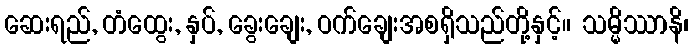
ဆေးရည်, တံထွေး, နှပ်, ခွေးချေး, ဝက်ချေးအစရှိသည်တို့နှင့်။ သမ္မိဿာနိ၊